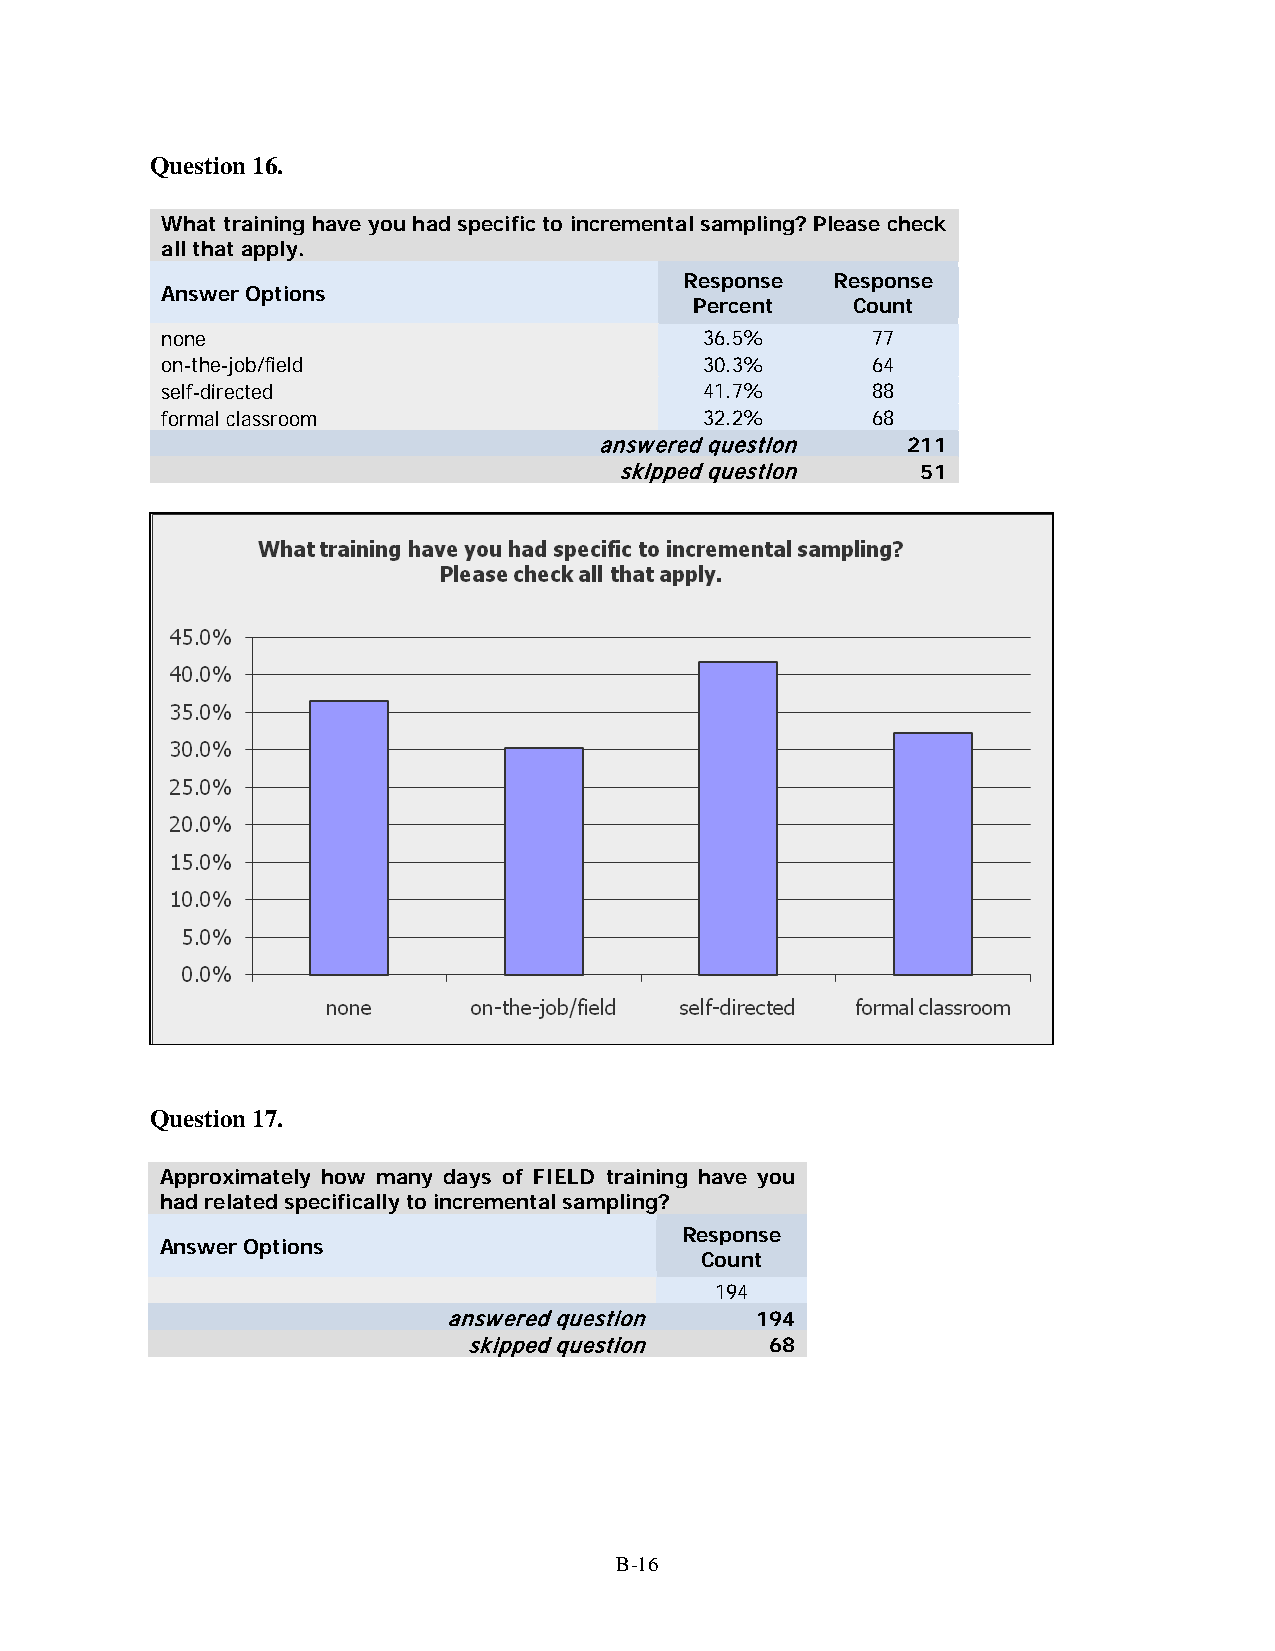
Question 16.
 What training have you had specific to incremental sampling? Please check
 all that apply.
 Response  Response
 Answer Options
 Percent   Count
 none                                36.5%      77
 on-the-job/field                    30.3%      64
 self-directed                       41.7%      88
 formal classroom                    32.2%      68
 answered question   211
 skipped question    51
 Question 17.
 Approximately how many days of FIELD training have you
 had related specifically to incremental sampling?
 Response
 Answer Options
 Count
 194
 answered question   194
 skipped question    68
 B-16